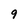
Character: 9